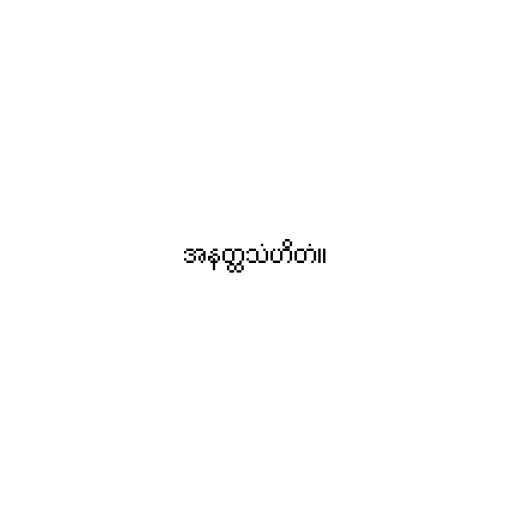
အနတ္ထသံဟိတံ။